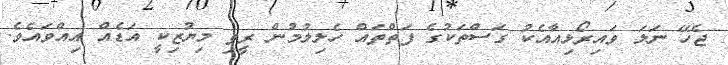
ޖެހޭ ނަލަ ވައިރޯޅިއާއެކު ގަސްތަކުގެ ފަތްތައް ހެލިލުމުން ރީތި މިޔުޒިކީ އަޑެއް އިއްވައެވެ.